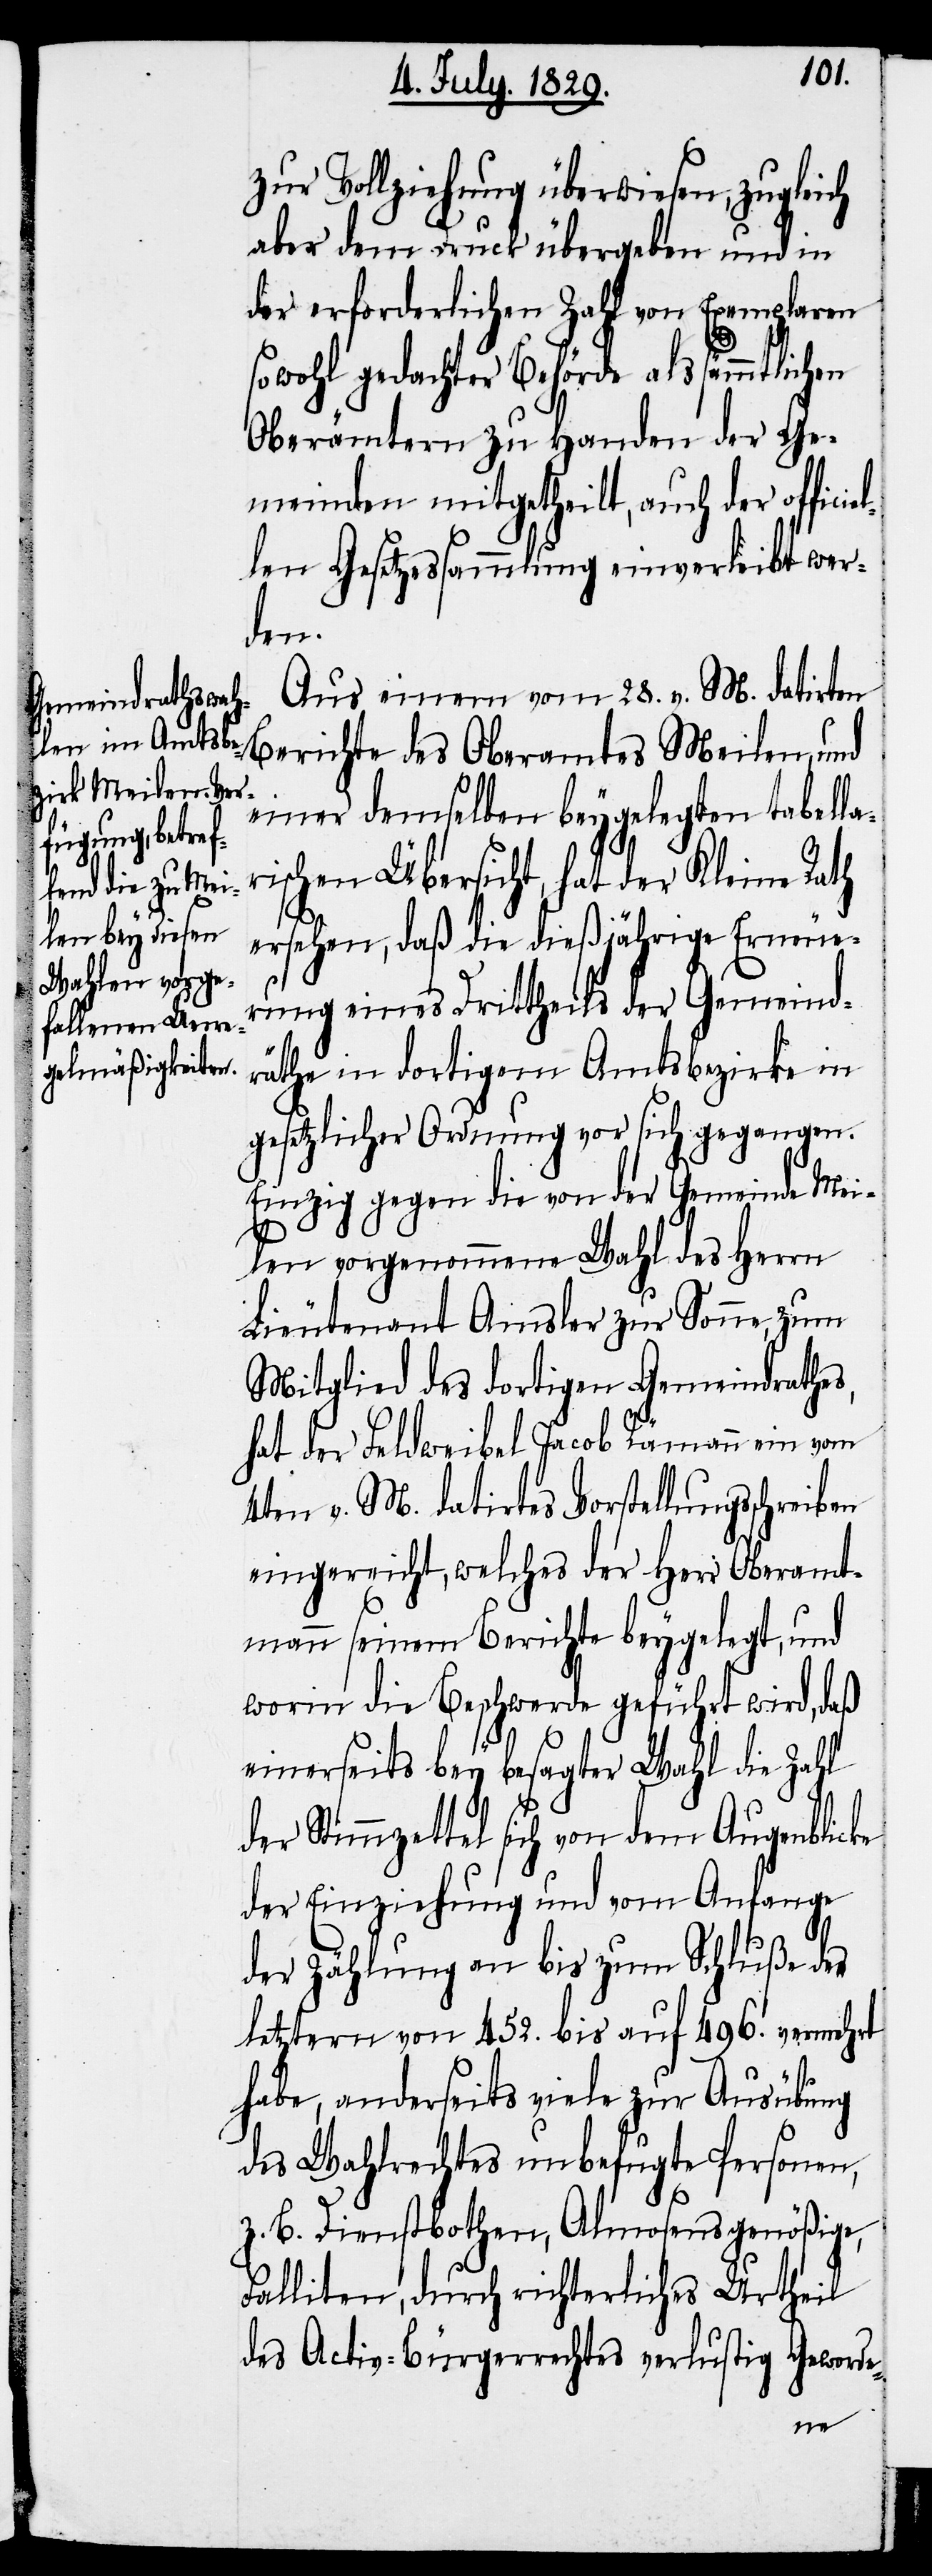
zur Vollziehung überwiesen, zugleich
aber dem Druck übergeben und in
der erforderlichen Zahl von Exemplaren
sowohl gedachter Behörde als sämmtlichen
Oberämtern zu Handen der Ge¬
meinden mitgetheilt, auch der offici¬
len Gesetzessammlung einverleibt wer¬
den.
Aus einem vom 28. v. M. datirten
einer demselben beygelegten tabella¬
rischen Übersicht, hat der Kleine Rath
ersehen, daß die dießjährige Erneue¬
rung eines Drittheils der Gemeind¬
räthe in dortigem Amtsbezirk in
gesetzlicher Ordnung vor sich gegangen.
Einzig gegen die von der Gemeinde Mei¬
len vorgenommene Wahl des Herrn
Lieutenant Amsler zur Sonne, zum
Mitglied des dortigen Gemeindrathes,
hat der Feldweibel Jacob Rämann ein vom
4ten v. M. datirtes Vorstellungsschreiben
eingereicht, welches der Herr Oberamt¬
mann seinem Berichte beygelegt, und
worin die Beschwerde geführt wird, daß
einerseits bey besagter Wahl die Zahl
der Stimmzettel sich von dem Augenblicke
der Einziehung und vom Anfange
der Zählung an bis zum Schluß der
letztern von 452. bis auf 496. vermehrt
habe, anderseits viele zur Ausübung
des Wahlrechtes unbefugte Personen,
z. B. Dienstbothen, Almosengenößige,
Falliten, durch richterliches Urtheil
des Activ-Bürgerrechtes verlustig Geworde-
des